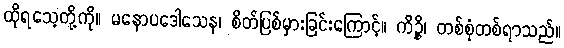
ထိုရသေ့တို့ကို။ မနောပဒေါသေန၊ စိတ်ပြစ်မှားခြင်းကြောင့်။ ကိဉ္စိ၊ တစ်စုံတစ်ရာသည်။